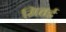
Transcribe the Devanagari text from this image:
मित्तई